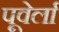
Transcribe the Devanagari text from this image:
पूवेर्ला